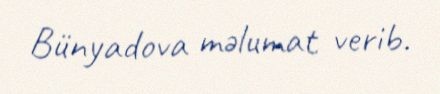
Bünyadova məlumat verib.